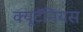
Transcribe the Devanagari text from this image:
क्यूटॅनियस